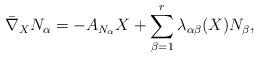
LaTeX: \begin{align*}\bar{\nabla}_{X}N_{\alpha}=-A_{N_{\alpha}}X+\sum_{\beta=1}^r\lambda_{\alpha\beta}(X)N_{\beta},\end{align*}